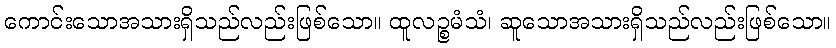
ကောင်းသောအသားရှိသည်လည်းဖြစ်သော။ ထူလဉ္စမံသံ၊ ဆူသောအသားရှိသည်လည်းဖြစ်သော။